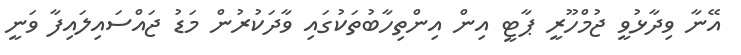
އޭނާ ވިދާޅުވީ ޖުމްހޫރީ ޕާޓީ އިން އިންތިހާބުތަކުގައި ވާދަކުރުން މަޑު ޖައްސައިލައިފާ ވަނީ